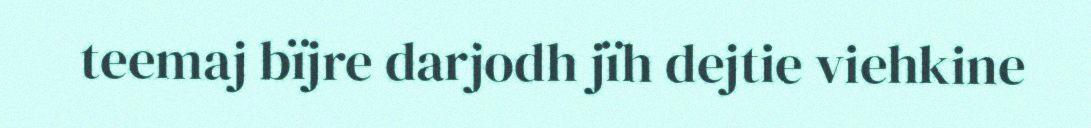
teemaj bïjre darjodh jïh dejtie viehkine